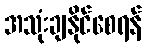
အသုံးချနိုင်စေရန်